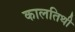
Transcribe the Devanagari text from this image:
कालतिथी